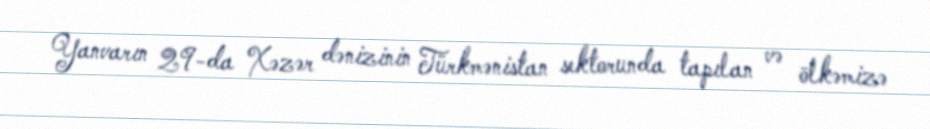
Yanvarın 29-da Xəzər dənizinin Türkmənistan sektorunda tapılan və ölkəmizə